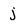
Character: j